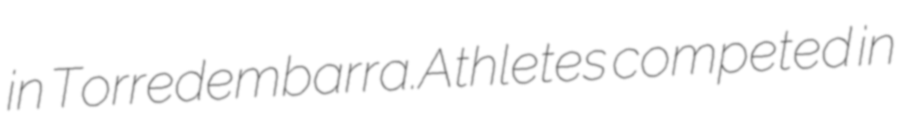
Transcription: in Torredembarra.Athletes competed in